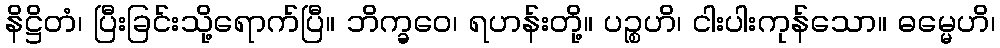
နိဋ္ဌိတံ၊ ပြီးခြင်းသို့ရောက်ပြီ။ ဘိက္ခဝေ၊ ရဟန်းတို့။ ပဉ္စဟိ၊ ငါးပါးကုန်သော။ ဓမ္မေဟိ၊